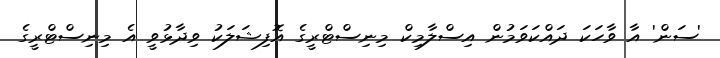
'ސަން' އާ ވާހަކަ ދައްކަވަމުން އިސްލާމިކް މިނިސްޓްރީގެ އޮފިޝަލަކު ވިދާޅުވީ އެ މިނިސްޓްރީގެ